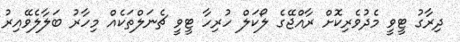
ދިރާގު ޓީވީ މެދުވެރިކޮށް ރާއްޖޭގެ ލޯކަލް ހުރިހާ ޓީވީ ޗެނަލްތަކެއް މިހާރު ބަލާލެވޭއިރު